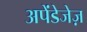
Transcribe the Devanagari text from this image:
अपेंडेजेज़